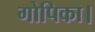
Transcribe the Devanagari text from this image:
गोपिका।